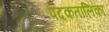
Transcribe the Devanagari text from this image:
पदकतालिका